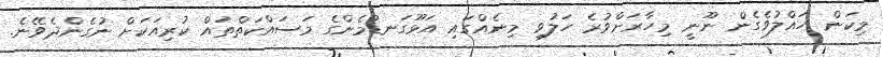
މިކަން ހައްލުވެގެން ނޫނީ މިހާރަށްވުރެ ހަލުވި މިނެއްގައި އަޅޫގަނޑުމެންގެ މަސައްކަތްތައް ކުރިއަކަށް ނުގެންދެވޭނެ.